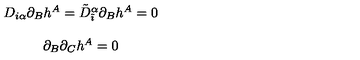
\begin{array} { c } { D _ { i \alpha } \partial _ { B } h ^ { A } = \tilde { D } _ { \tilde { \imath } } ^ { \alpha } \partial _ { B } h ^ { A } = 0 } \\ { { } } \\ { \partial _ { B } \partial _ { C } h ^ { A } = 0 } \\ \end{array}